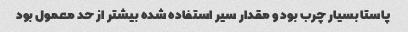
پاستا بسیار چرب بود و مقدار سیر استفاده شده بیشتر از حد معمول بود